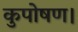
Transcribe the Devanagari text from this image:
कुपोषण।